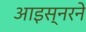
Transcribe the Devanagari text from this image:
आइस्नरने